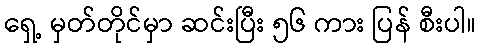
ရှေ့ မှတ်တိုင်မှာ ဆင်းပြီး ၅၆ ကား ပြန် စီးပါ။